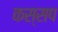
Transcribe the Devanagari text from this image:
कस्सप